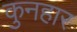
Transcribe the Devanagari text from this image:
कुनहार